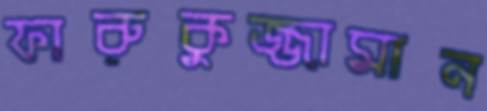
ফারুকুজ্জামান